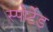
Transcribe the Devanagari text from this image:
स्पोर्टेड